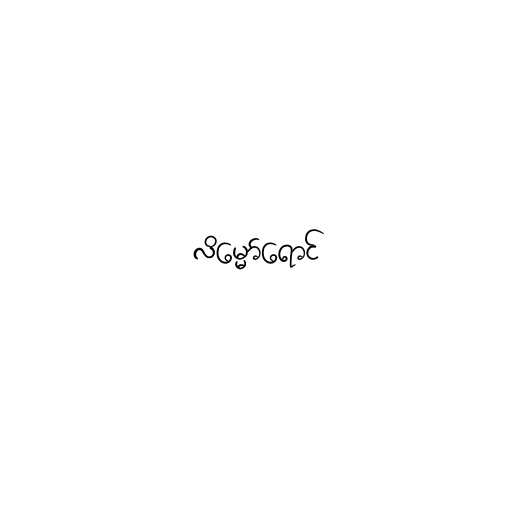
လိမ္မော်ရောင်